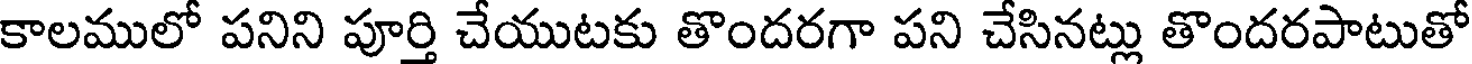
కాలములో పనిని పూర్తి చేయుటకు తొందరగా పని చేసినట్లు తొందరపాటుతో